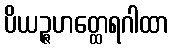
ပိယဉ္ဇဟတ္ထေရဂါထာ